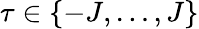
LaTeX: \tau\in\{ -J,\dots,J\}